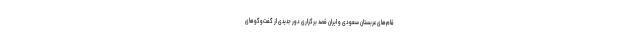
قام‌های عربستان سعودی و ایران قصد برگزاری دور جدیدی از گفت‌وگوهای